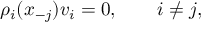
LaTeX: \rho _ { i } ( x _ { - j } ) v _ { i } = 0 , \qquad i \ne j ,